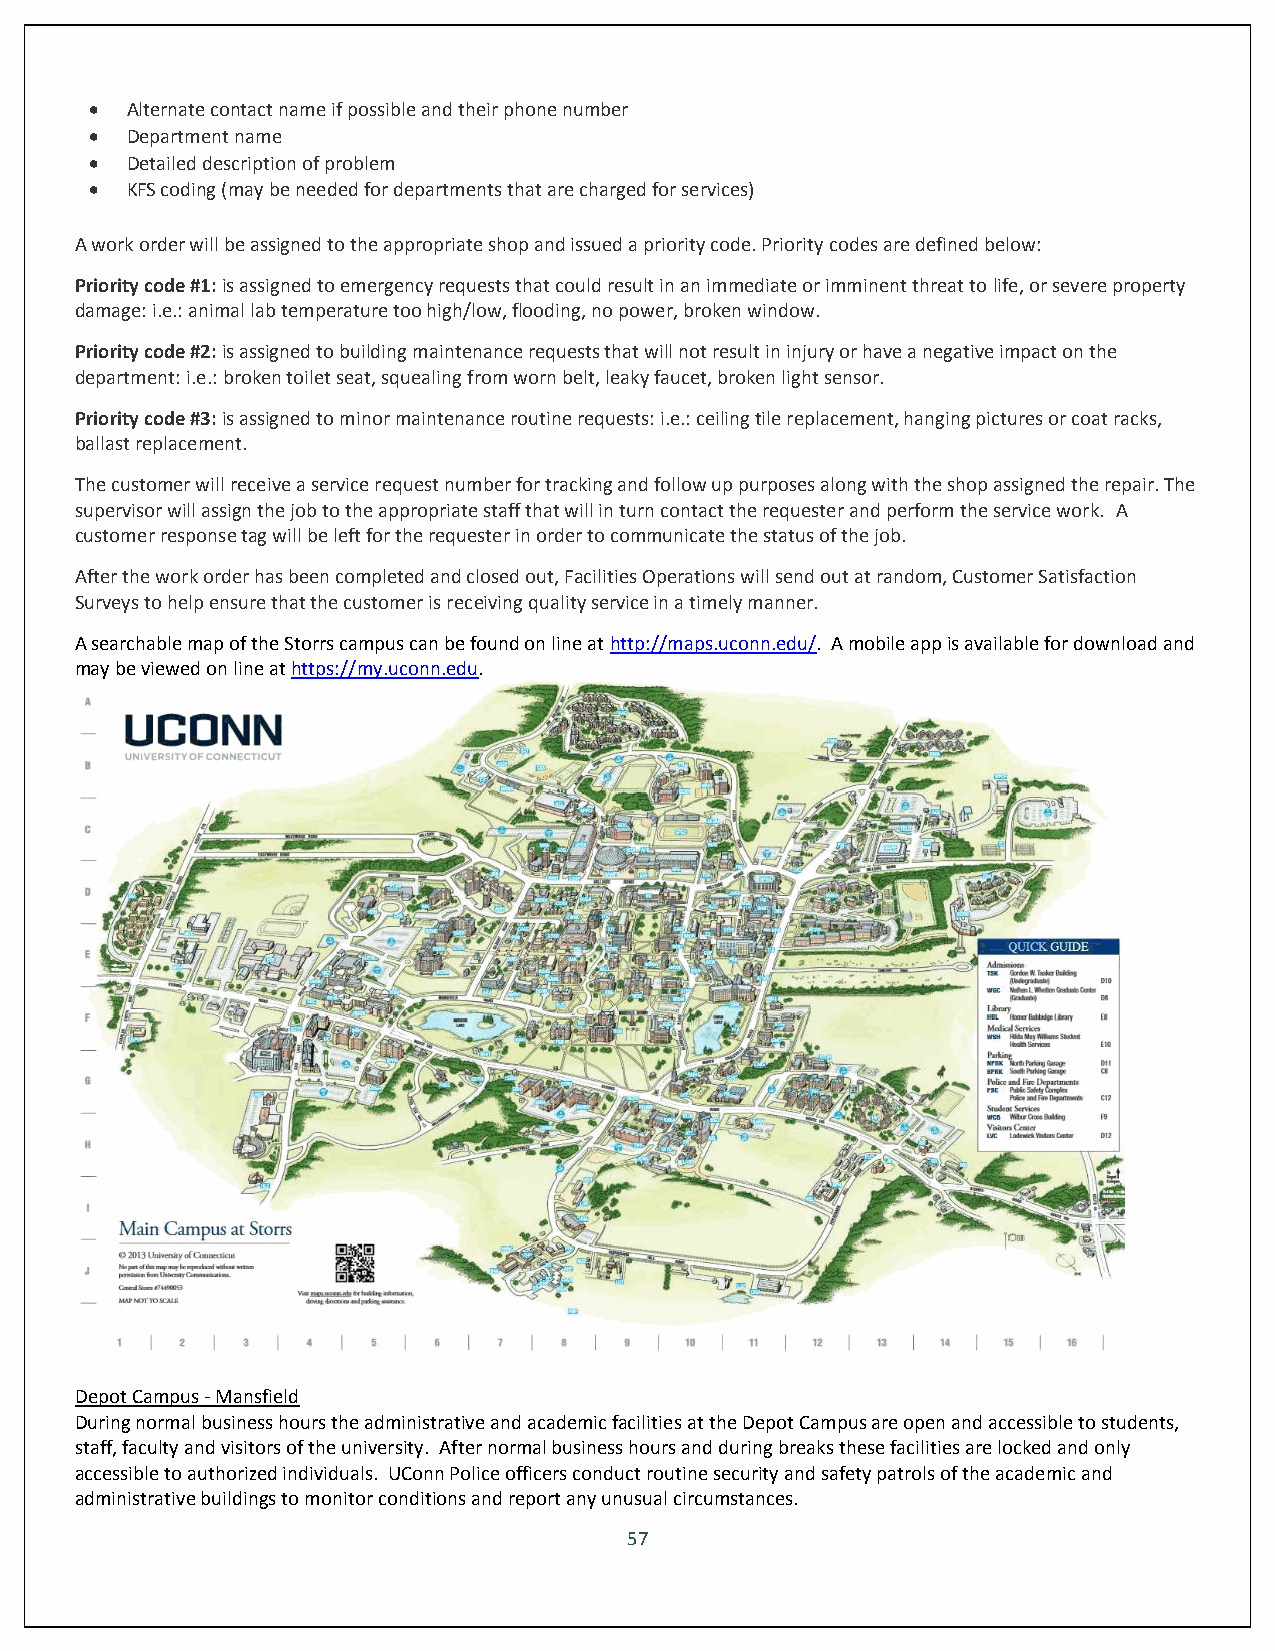
 Alternate contact name if possible and their phone number
  Department name
  Detailed description of problem
  KFS coding (may be needed for departments that are charged for services)
 A work order will be assigned to the appropriate shop and issued a priority code. Priority codes are defined below:
 Priority code #1: is assigned to emergency requests that could result in an immediate or imminent threat to life, or severe property
 damage: i.e.: animal lab temperature too high/low, flooding, no power, broken window.
 Priority code #2: is assigned to building maintenance requests that will not result in injury or have a negative impact on the
 department: i.e.: broken toilet seat, squealing from worn belt, leaky faucet, broken light sensor.
 Priority code #3: is assigned to minor maintenance routine requests: i.e.: ceiling tile replacement, hanging pictures or coat racks,
 ballast replacement.
 The customer will receive a service request number for tracking and follow up purposes along with the shop assigned the repair. The
 supervisor will assign the job to the appropriate staff that will in turn contact the requester and perform the service work. A
 customer response tag will be left for the requester in order to communicate the status of the job.
 After the work order has been completed and closed out, Facilities Operations will send out at random, Customer Satisfaction
 Surveys to help ensure that the customer is receiving quality service in a timely manner.
 A searchable map of the Storrs campus can be found on line at http://maps.uconn.edu/. A mobile app is available for download and
 may be viewed on line at https://my.uconn.edu.
 Depot Campus - Mansfield
 During normal business hours the administrative and academic facilities at the Depot Campus are open and accessible to students,
 staff, faculty and visitors of the university. After normal business hours and during breaks these facilities are locked and only
 accessible to authorized individuals. UConn Police officers conduct routine security and safety patrols of the academic and
 administrative buildings to monitor conditions and report any unusual circumstances.
 57